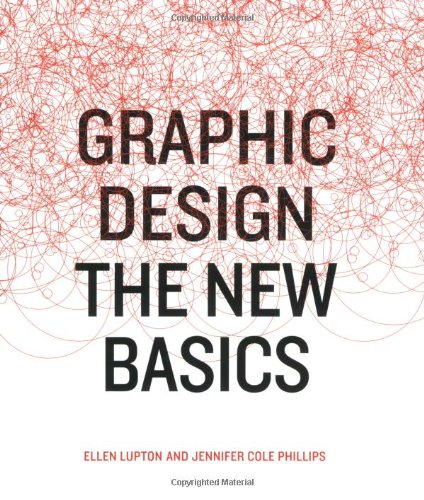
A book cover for Graphic Design hc: The New Basics; Ellen Lupton; Arts & Photography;